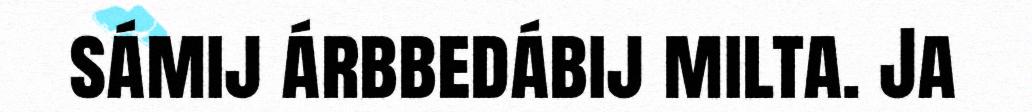
sámij árbbedábij milta. Ja